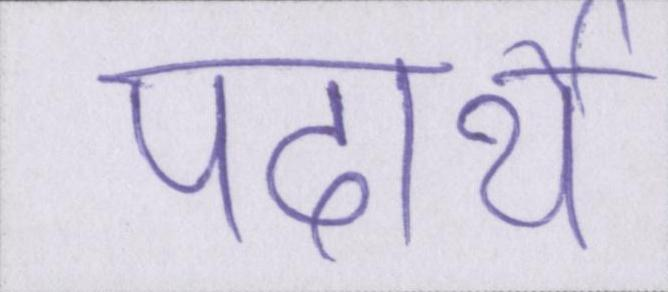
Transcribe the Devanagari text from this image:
पदार्थे